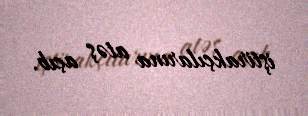
iştirakçılarına atəş açıb.